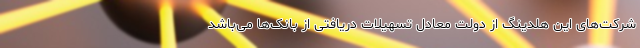
شرکت‌های این هلدینگ از دولت معادل تسهیلات دریافتی از بانک‌ها می‌باشد